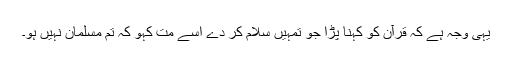
یہی وجہ ہے کہ قرآن کو کہنا پڑا جو تمہیں سلام کر دے اسے مت کہو کہ تم مسلمان نہیں ہو۔